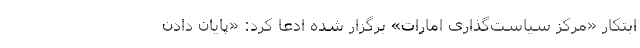
ابتکار «مرکز سیاست‌گذاری امارات» برگزار شده ادعا کرد: «پایان دادن